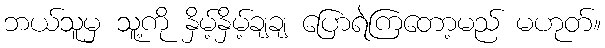
ဘယ်သူမှ သူ့ကို နှိမ့်နှိမ့်ချချ ပြောရဲကြတော့မည် မဟုတ်။